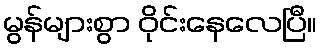
မွန်များစွာ ဝိုင်းနေလေပြီ။